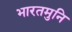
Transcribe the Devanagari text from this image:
भारतमुनि